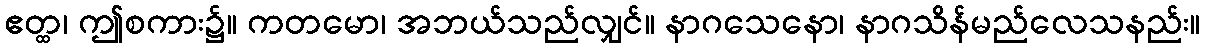
ဧတ္ထ၊ ဤစကား၌။ ကတမော၊ အဘယ်သည်လျှင်။ နာဂသေနော၊ နာဂသိန်မည်လေသနည်း။